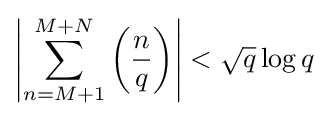
\left|\sum _{n=M+1}^{M+N}\left({\frac {n}{q}}\right)\right|<{\sqrt {q}}\log q